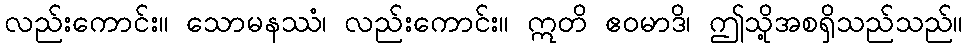
လည်းကောင်း။ သောမနဿံ၊ လည်းကောင်း။ ဣတိ ဧဝမာဒိ၊ ဤသို့အစရှိသည်သည်။